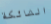
الشائكة